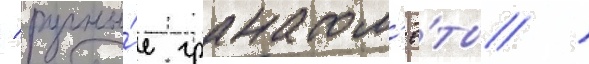
/ ручны́е гранатом'ё́ты /